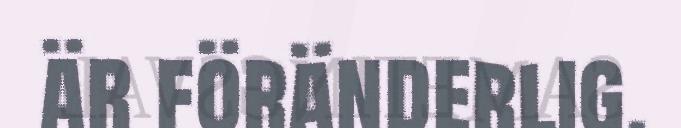
är föränderlig.